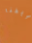
تاريخنا